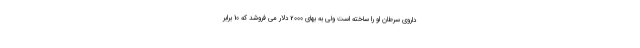
داروی سرطان او را ساخته است ولی به بهای 2000 دلار می فروشد که 10 برابر